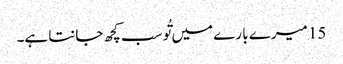
15 میرے با رے میں تُو سب کچھ جانتا ہے۔